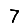
Digit: 7